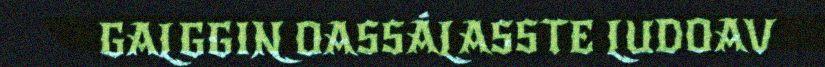
GALGGIN OASSÁLASSTE LUDOAV